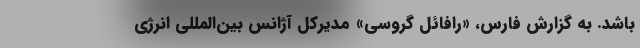
باشد. به گزارش فارس، «رافائل گروسی» مدیرکل آژانس بین‌المللی انرژی